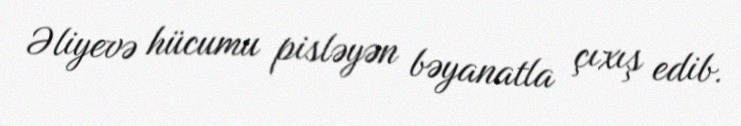
Əliyevə hücumu pisləyən bəyanatla çıxış edib.